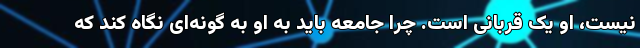
نیست، او یک قربانی است. چرا جامعه باید به او به گونه‌ای نگاه کند که